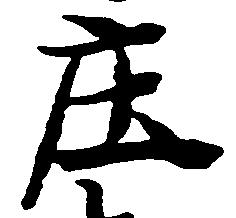
庄